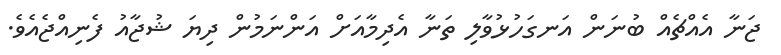
ޖަނާ އެއްޗެއް ބުނަން އަނގަހުޅުވާލި ތަނާ އެދިމާއަށް އަންނަމުން ދިޔަ ޝުޖާއު ފެނިއްޖެއެވެ.